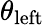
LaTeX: \theta_{\mathrm{left}}